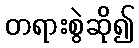
တရားစွဲဆို၍